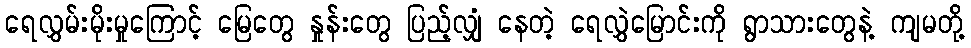
ရေလွှမ်းမိုးမှုကြောင့် မြေတွေ နှုန်းတွေ ပြည့်လျှံ နေတဲ့ ရေလွှဲမြောင်းကို ရွာသားတွေနဲ့ ကျမတို့